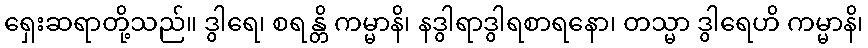
ရှေးဆရာတို့သည်။ ဒွါရေ၊ စရန္တိ ကမ္မာနိ၊ နဒွါရာဒွါရစာရနော၊ တသ္မာ ဒွါရေဟိ ကမ္မာနိ၊